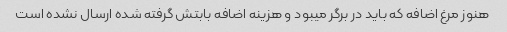
هنوز مرغ اضافه که باید در برگر میبود و هزینه اضافه بابتش گرفته شده ارسال نشده است